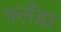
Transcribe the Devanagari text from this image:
फ्लँडर